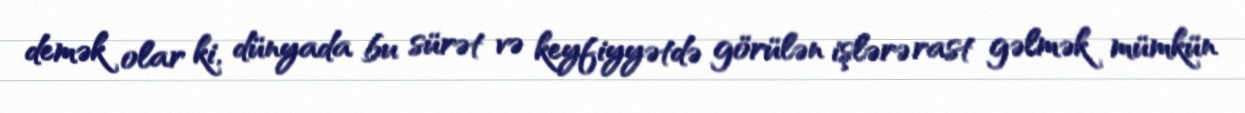
demək olar ki, dünyada bu sürət və keyfiyyətdə görülən işlərə rast gəlmək mümkün